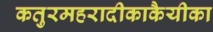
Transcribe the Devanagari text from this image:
कतुरमहरादीकाकैयीका